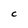
Character: c